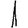
Digit: 1